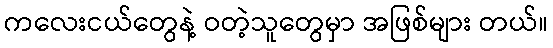
ကလေးငယ်တွေနဲ့ ဝတဲ့သူတွေမှာ အဖြစ်များ တယ်။